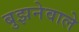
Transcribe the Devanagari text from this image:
बुझनेवाले